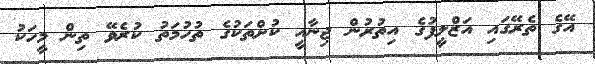
އޭގެ ތެރޭގައި އަޒްލީފުގެ އިތުރުން ޖިނާއީ ކުށްތަކުގެ ތުހުމަތު ކުރެވޭ ތިން މީހަކު